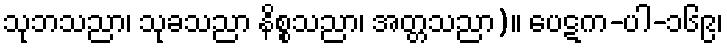
သုဘသညာ၊ သုခသညာ နိစ္စသညာ၊ အတ္တသညာ)။ ပေဋက-ပါ-၁၆၉၊